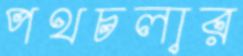
পথচলার